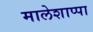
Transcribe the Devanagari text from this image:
मालेशाप्पा